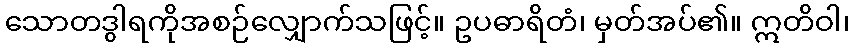
သောတဒွါရကိုအစဉ်လျှောက်သဖြင့်။ ဥပဓာရိတံ၊ မှတ်အပ်၏။ ဣတိဝါ၊